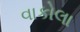
વાકોલા